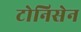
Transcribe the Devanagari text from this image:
टोनिसेन